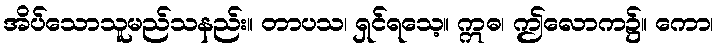
အိပ်သောသူမည်သနည်း။ တာပသ၊ ရှင်ရသေ့။ ဣဓ၊ ဤလောက၌။ ကော၊